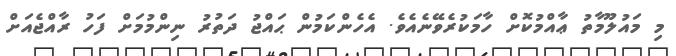
މި މައުލޫމާތު ޢާއްމުކޮށް ހާމަކުރެވޭނެއެވެ. އެހެންކަމުން ޙައްޖު ދަތުރު ނިންމުމަށް ފަހު ރާއްޖެއަށް